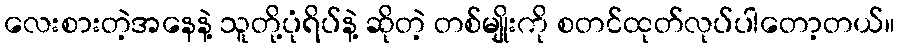
လေးစားတဲ့အနေနဲ့ သူတို့ပုံရိပ်နဲ့ ဆိုတဲ့ တစ်မျိုးကို စတင်ထုတ်လုပ်ပါတော့တယ်။